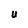
Character: U